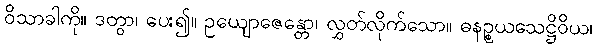
ဝိသာခါကို။ ဒတွာ၊ ပေး၍။ ဥယျောဇေန္တော၊ လွှတ်လိုက်သော။ ဓနဉ္စယသေဋ္ဌိဝိယ၊